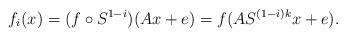
LaTeX: \begin{align*}f_i(x)=(f\circ S^{1-i})(Ax+e)=f(AS^{(1-i)k}x+e).\end{align*}